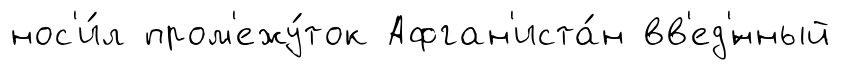
нос'и́л пром'ежу́ток Афган'иста́н вв'ед'́нный